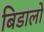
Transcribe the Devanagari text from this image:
बिडालों